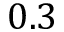
0 . 3